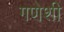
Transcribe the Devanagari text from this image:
गणेशी